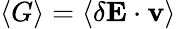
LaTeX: \langle G\rangle=\langle\delta\mathbf{E}\cdot\mathbf{v}\rangle